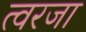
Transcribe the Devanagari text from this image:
त्वरजा